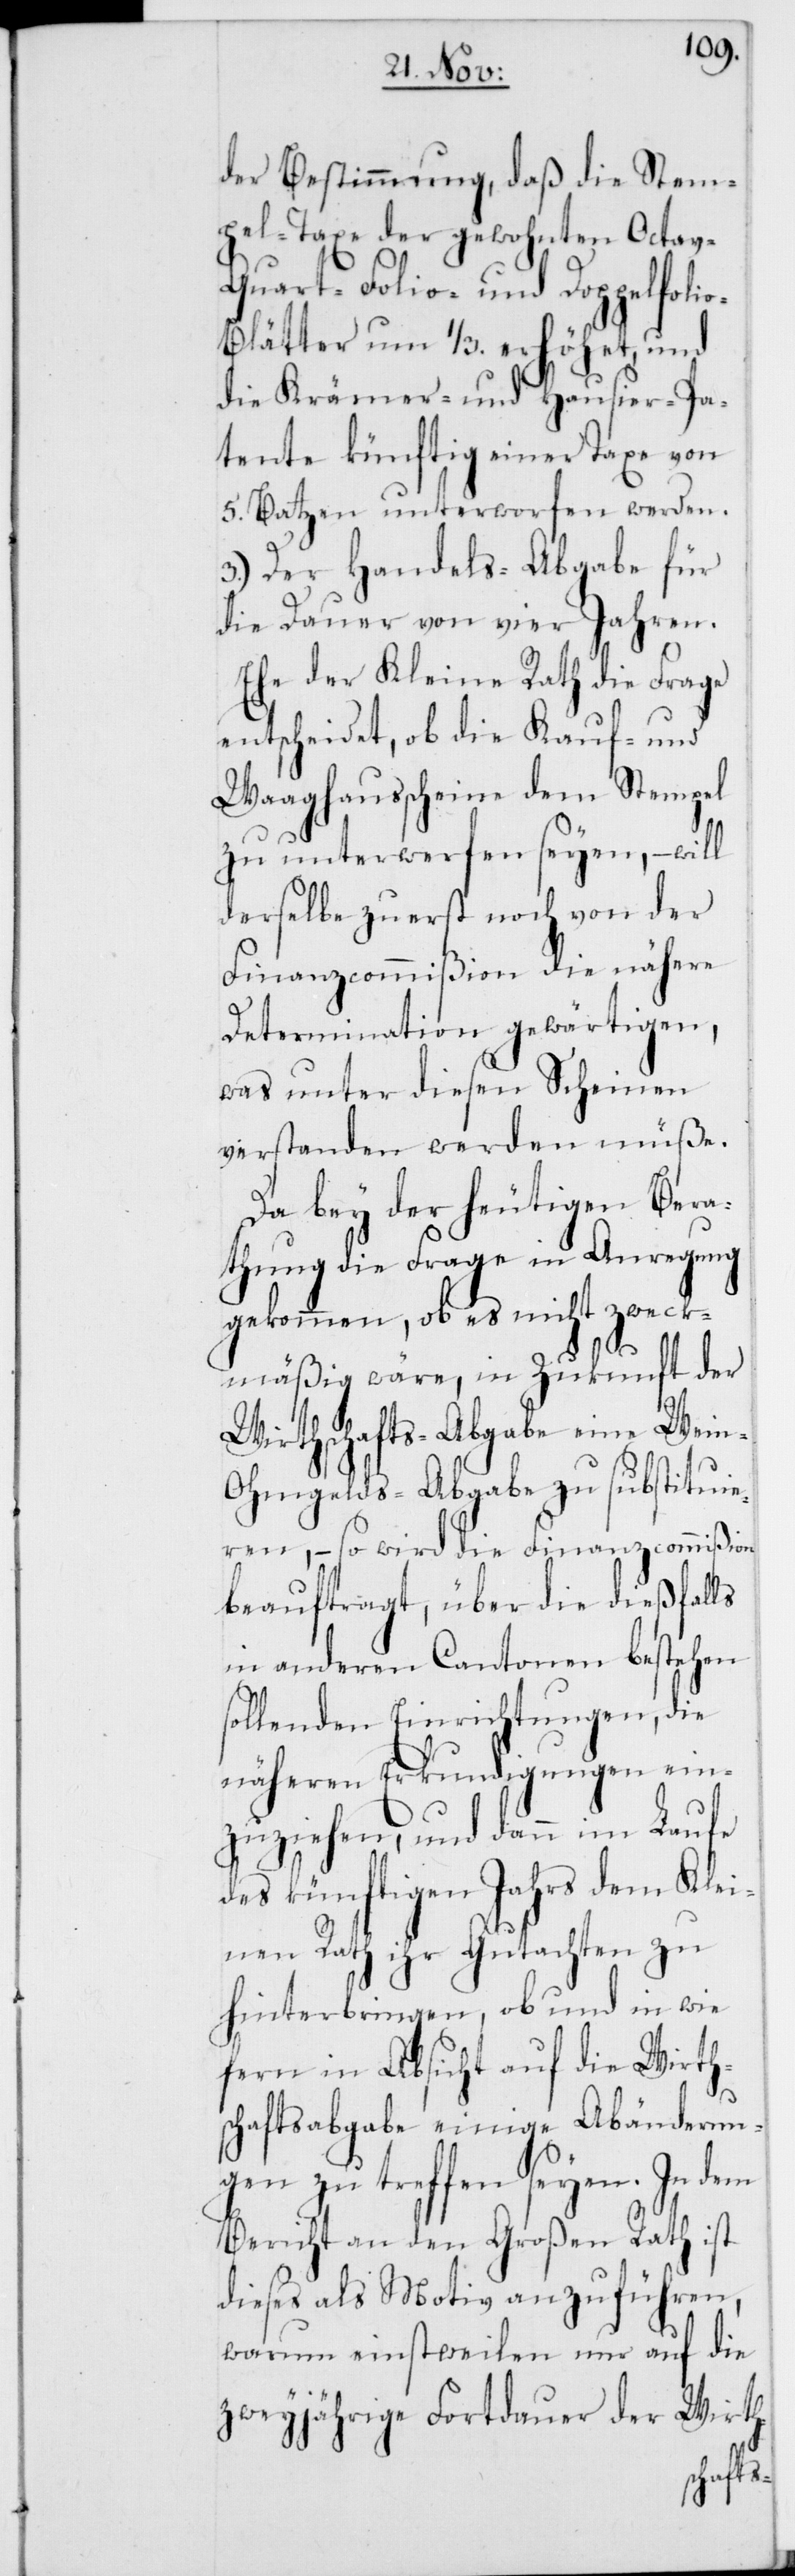
der Bestimmung, daß die Stem¬
pel-Taxe der gewohnten Octa¬
Quart-[,] Folio- und Doppelfoli¬
o-Blätter um 1/3. erhöhet, und
die Krämer- und Hausier-Pa¬
tente künftig einer Taxe von
5. Batzen unterworfen werden.
3.) Der Handels-Abgabe für
die Dauer von vier Jahren.
le¬
Ehe der Kleine Rath die Frage
entscheidet, ob die Kauf- und
Waaghausscheine dem Stempel
zu unterwerfen seyen, – will
derselbe zuerst noch von der
Finanzcommißion die nähere
Determination gewärtigen,
was unter diesen Scheinen
verstanden werden müße.
Da bey der heutigen Bera¬
thung die Frage in Anregung
gekommen, ob es nicht zweck¬
mäßig wäre, in Zukunft der
Wirthschafts-Abgabe eine Wein-O¬
hmgelds-Abgabe zu substitui¬
eren, – so wird die Finanzcommißion
beauftragt, über die dießfalls
in anderen Cantonen bestehen
sollenden Einrichtungen, die
näheren Erkundigungen ein¬
zuziehen, und dann im Laufe
des künftigen Jahrs dem K¬
inen Rath ihr Gutachten zu
hinterbringen, ob und in wie
fern in Absicht auf die Wirth¬
schaftsabgabe einige Abänderun¬
gen zu treffen seyen. In dem
Bericht an den Großen Rath ist
dieses als Motiv anzuführen,
warum einstweilen nur auf die
zweyjährige Fortdauer der Wirth-

v-[,]